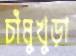
চাঁমুখুড়া